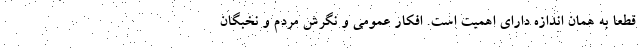
قطعا به همان اندازه دارای اهمیت است. افکار عمومی و نگرش مردم و نخبگان